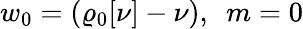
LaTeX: w_{0}=(\varrho_{\mathrm{0}}[\nu]-\nu),~~m=0